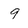
Character: 9